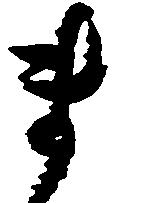
ま